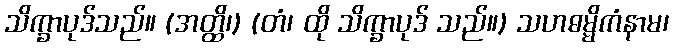
သိက္ခာပုဒ်သည်။ (အတ္ထိ၊) (တံ၊ ထို သိက္ခာပုဒ် သည်။) သဟဓမ္မိကံနာမ၊